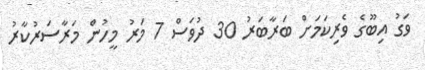
ވަގު އިބޫގެ ވެރިކަމަށް ބަރާބަރު 30 ދުވަސް 7 މަރު މީހުން މަރާސަރުކާރު